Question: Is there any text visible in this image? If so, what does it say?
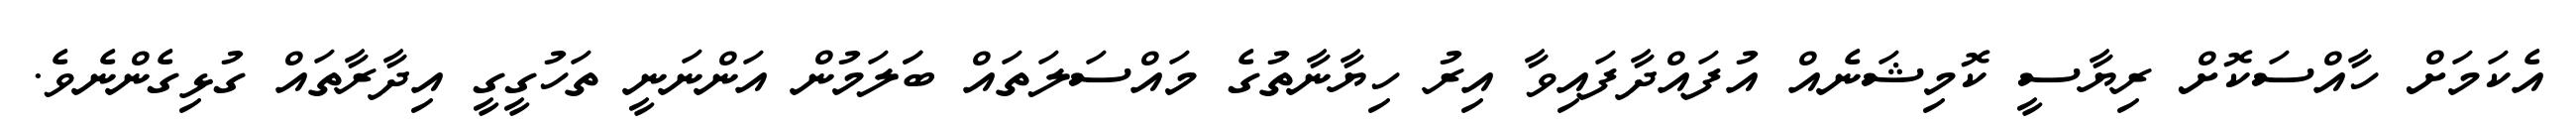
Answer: އެކަމަށް ހާއްސަކޮށް ރިޔާސީ ކޮމިޝަނެއް އުފައްދާފައިވާ އިރު ހިޔާނާތުގެ މައްސަލަތައް ބަަލަމުން އަންނަނީ ތަހުގީގީ އިދާރާތައް ގުޅިގެންނެވެ.